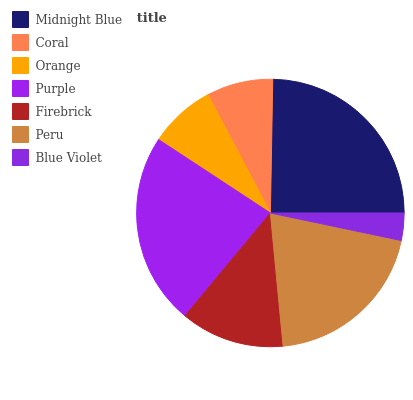
| Midnight Blue | Coral | Orange | Purple | Firebrick | Peru | Blue Violet |
 | --- | --- | --- | --- | --- | --- | --- |
 | 24.7% | 8.01% | 8.04% | 23.2% | 12.5% | 20.2% | 3.29% |